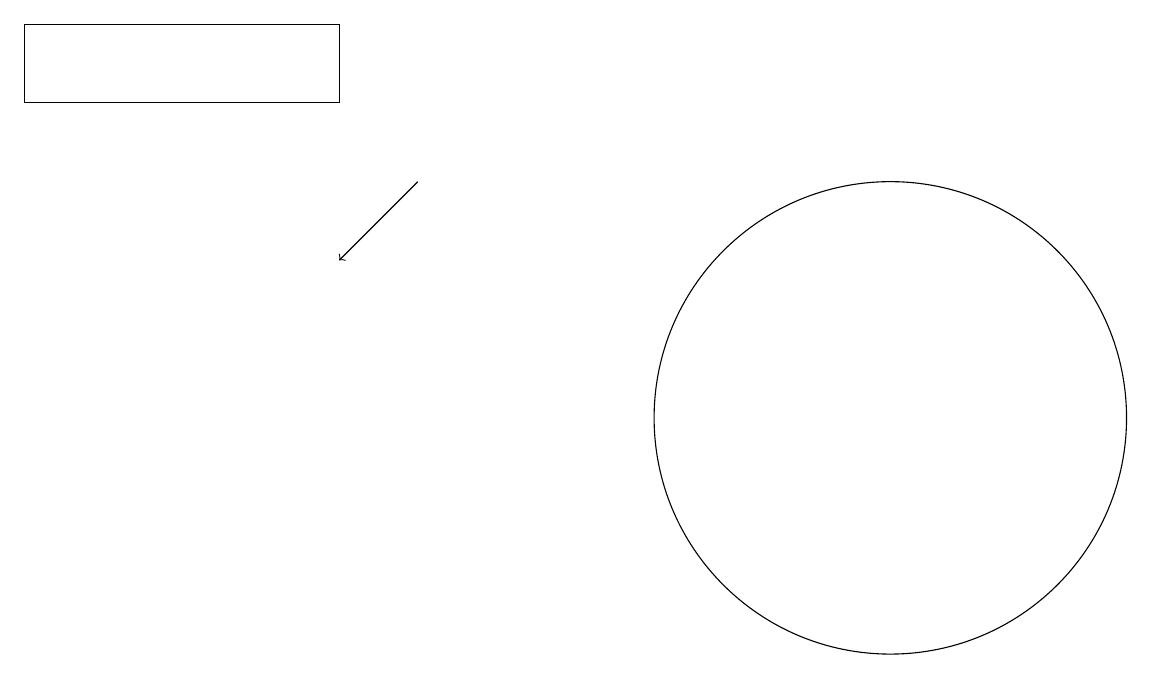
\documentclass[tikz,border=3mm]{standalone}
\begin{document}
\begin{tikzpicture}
\draw (11,10) circle (3);
\draw (11,11) circle (0);
\draw (4,15) rectangle (0,14);
\draw[->] (5,13) -- (4,12);
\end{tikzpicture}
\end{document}